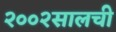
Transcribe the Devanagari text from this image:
२००२सालची